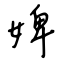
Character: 婢